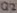
Text: Q2